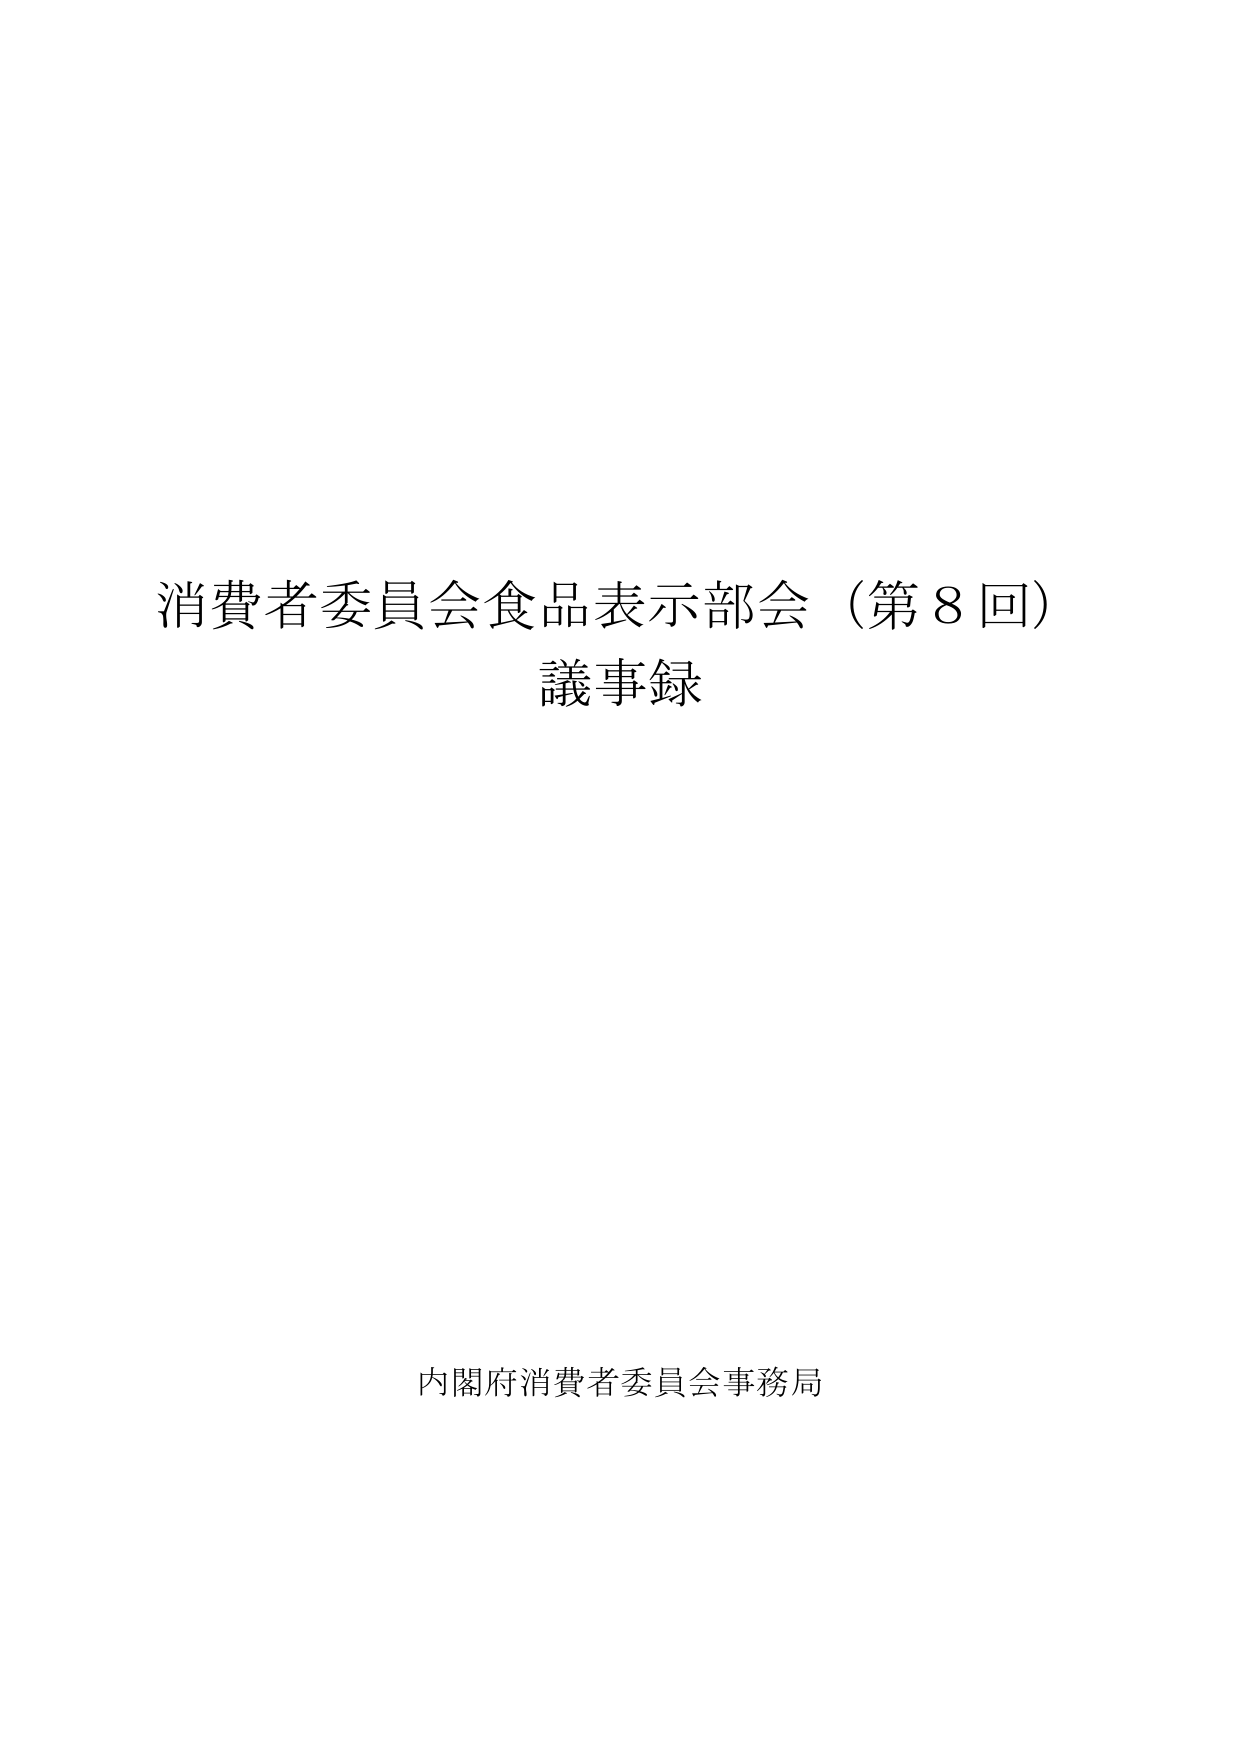
消費者委員会食品表示部会（第8回）
議事録

内閣府消費者委員会事務局